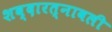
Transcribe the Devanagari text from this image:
शब्दारत्नावली